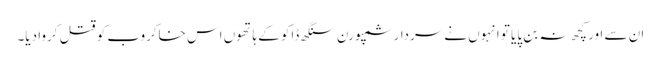
ان سے اور کچھ نہ بن پایا تو انہوں نےسردار سمپورن سنگھ ڈاکو کے ہاتھوں اس خاکروب کو قتل کروا دیا۔